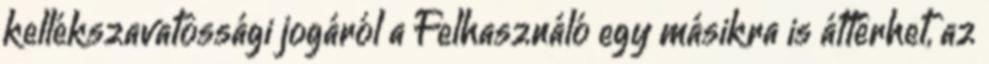
kellékszavatossági jogáról a Felhasználó egy másikra is áttérhet, az